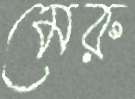
মেরু